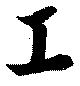
工